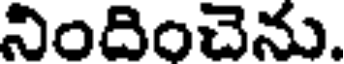
నిందించెను.